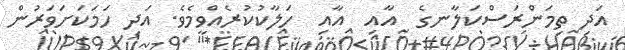
އަދި ތިމަންރަސްކަލާނގެ  އާއި  އާއި  ހަލާކުކުރެއްވީމެވެ. އަދި ހަމަކަށަވަރުން